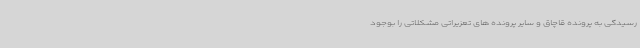
رسیدگی به پرونده قاچاق و سایر پرونده های تعزیراتی مشکلاتی را بوجود